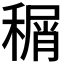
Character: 𬓹